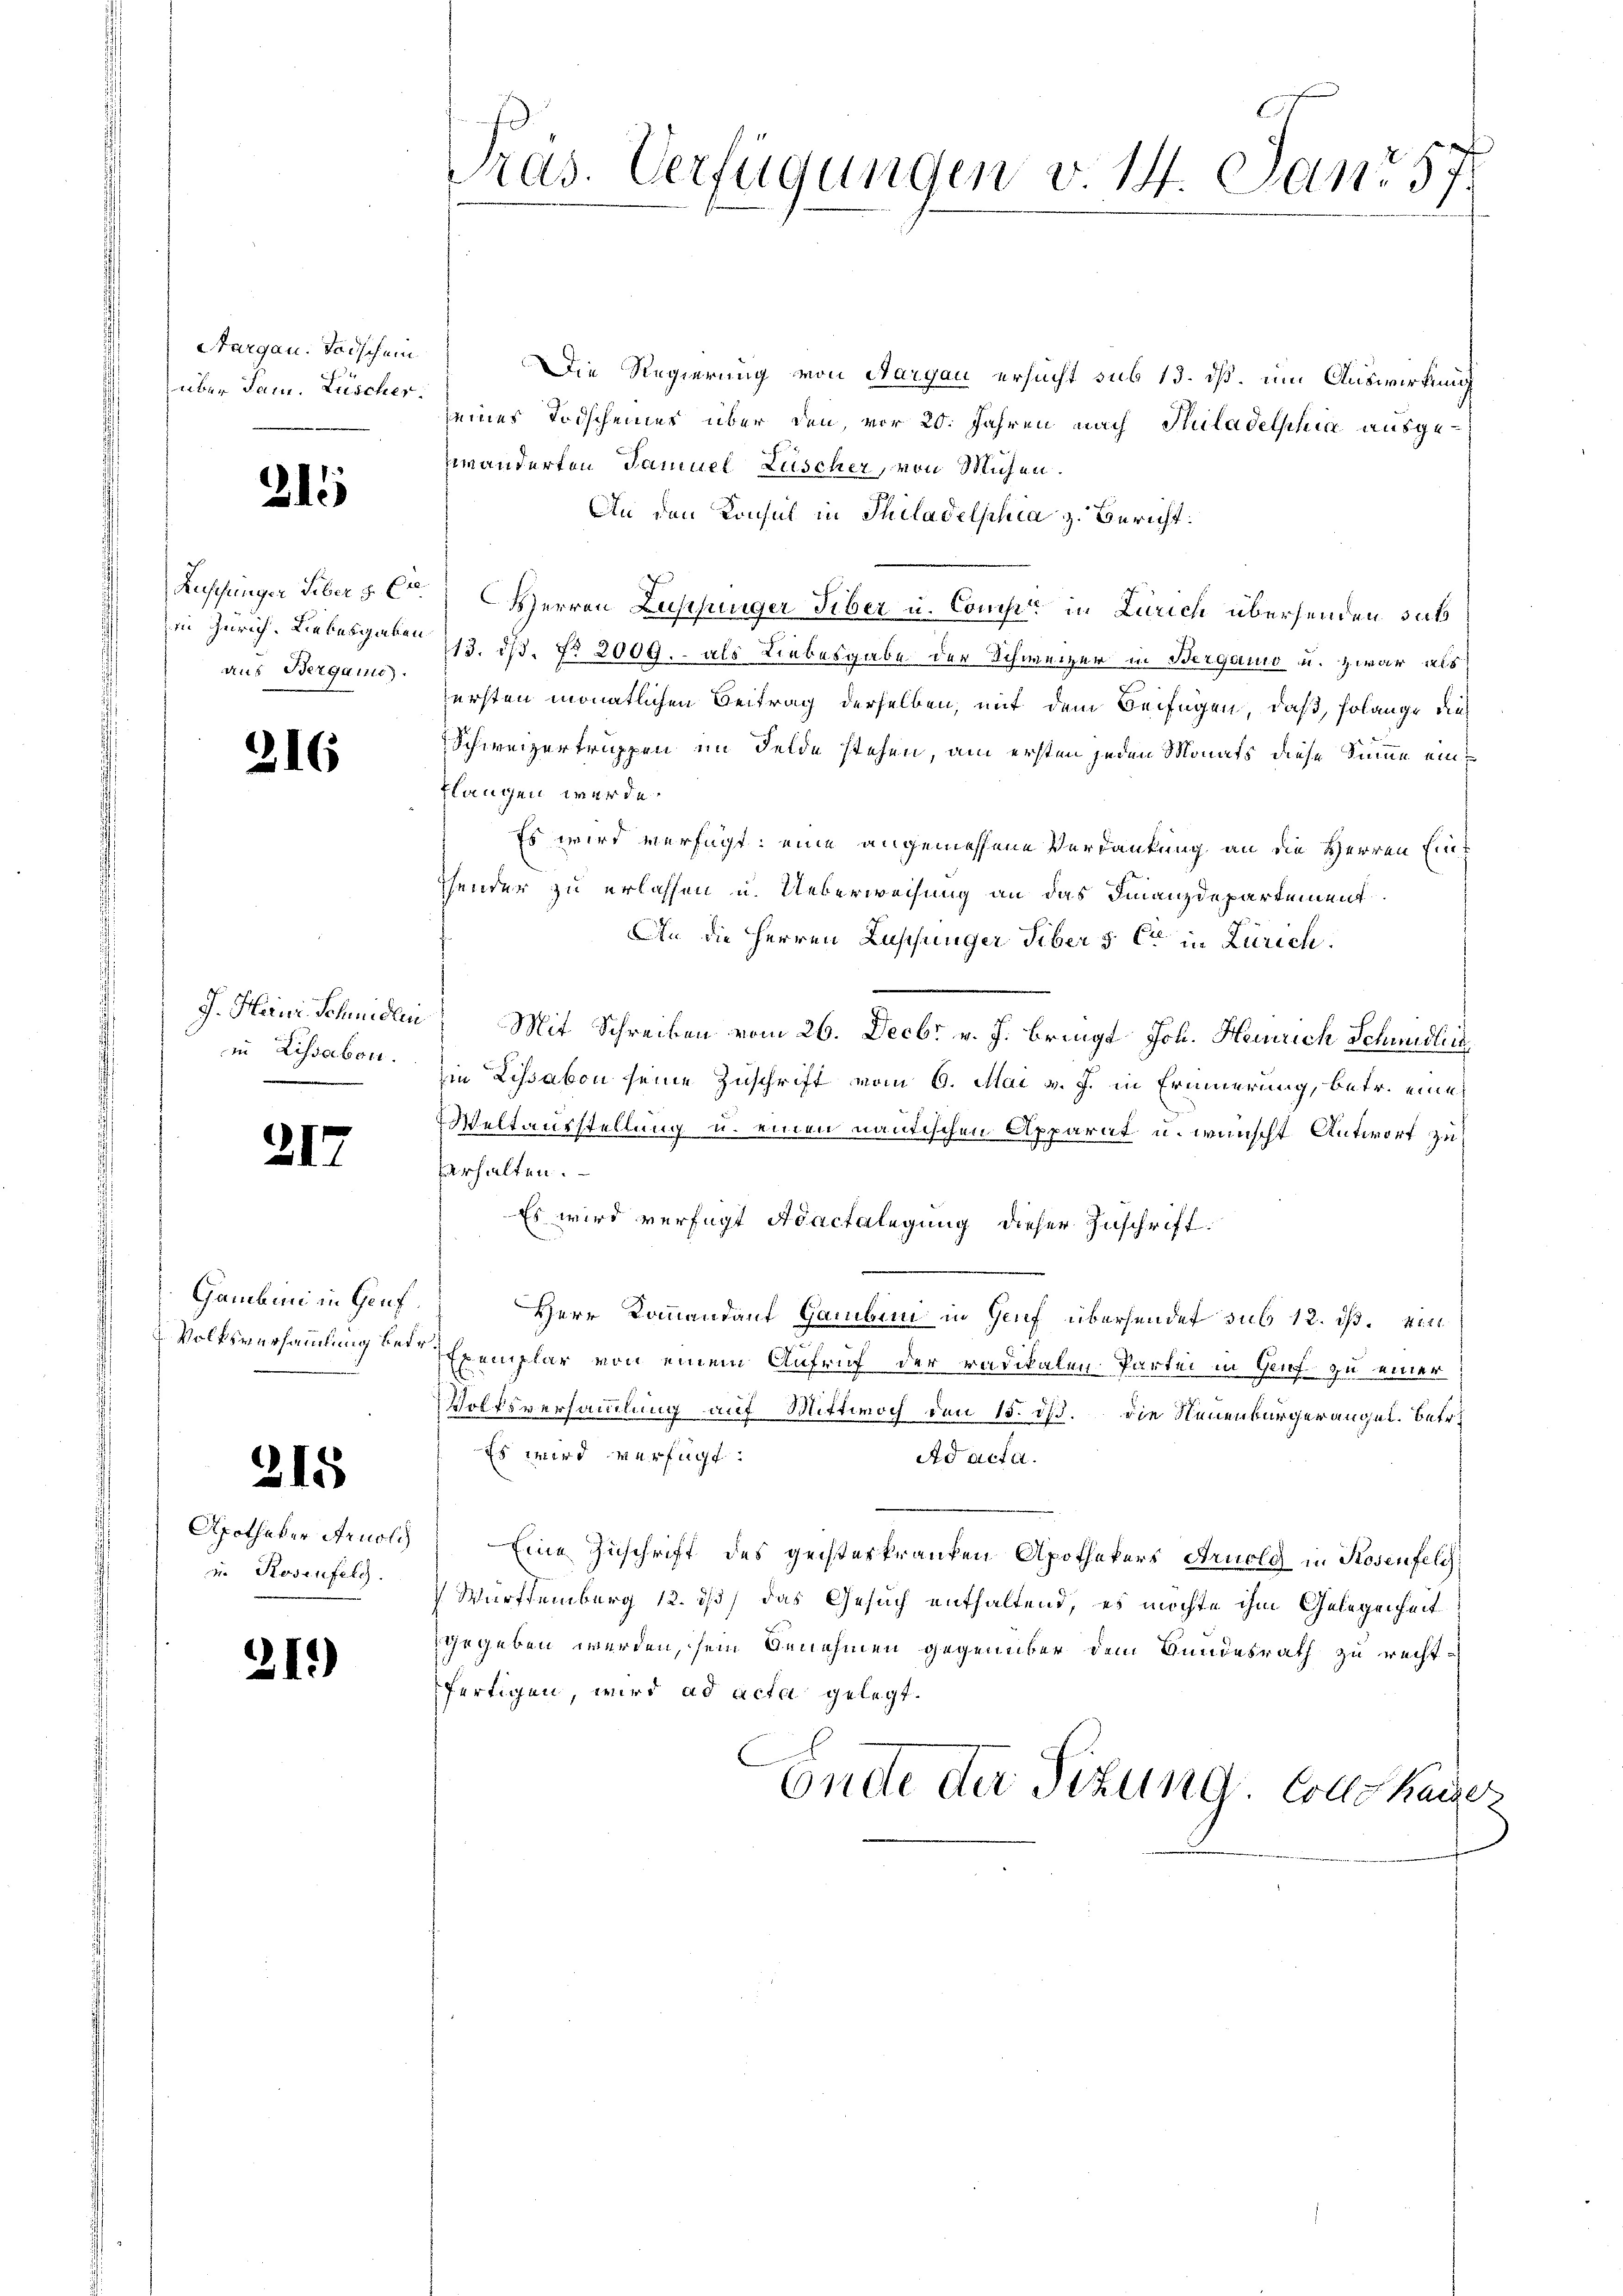
Aargau. Todschein
über Jam. Lüscher.

21

Ruschungen Feber 8. Er
in Zürich. Liebesgaben
aus Bergani

216

J. Heiner Schmidlen
in Lissabon.

317.

. Gamban in Genf.
Volksversammlung betr

315

Apotheker Arnolch
u. Rosenfeld.

21.)

Pras. Verfügungen v. 14. Janr 57.

Die Regierung von Aargau ersucht sub 13. dß, um Auswirkung
seines Todscheiner über den vor 20. Jahren nach Suladelphia ausgezwänderten Samuel Zuscher, von Mühen.
An den Konsul in Philadelphia z. Bericht:
Herren Zuschinger Tiber u. Comp. in Zürich übersenden sat
113. dß. No 2000. als Liebesgabe der Schweizer in Berganio u. zwar als
fersten monatlichen Beitrag derselben, mit dem Beifügen, daß solange dies
Schweizertruppen im Felde stehen, am ersten jeden Monats diese Sinne einflangen werde.
Es wird verfügt: eine angemessene Verdankung an die Herren Eint
hender zu erlassen u. Ueberweisung an das Finanzdepartement
An die Herren Lupfunger Libers er in Zürich.
Mit Schreiben vom 26. Decbr v. J. bringt Joh. Heinrich Schmidlis
in Lissabon seine Zuschrift vom 6. Mai v. J. in Erinnerung, betr. eine
Weltausstellung u. einen neutischen Apparat u. wünscht Antwort zu
verhalten.
Es wird verfügt Adactalegung dieser Zuschrift
Herr Kommandauf Gamben in Genf übersendet sub 12. ist. 41
Exemplar von einem Aufruf der radikalen Partei in Genf zu einer
Volksversammlung auf Mittwoch den 15. dß. die Neuenburgerangel. betr.
Es wird verfügt:
Ad acta.
Eine Zuschrift des geisterkranken Apothekers Arnold in Kosenfelch
Württemberg 12. ds. das Gesuch enthaltend, es möchte ihm Gelegenheit
gegeben werden, sein Genehmen gegenüber dem Bundesrath zu recht-
fertigen, wird ad acta gelegt.
Ende der Sitzung. Colle kaiser